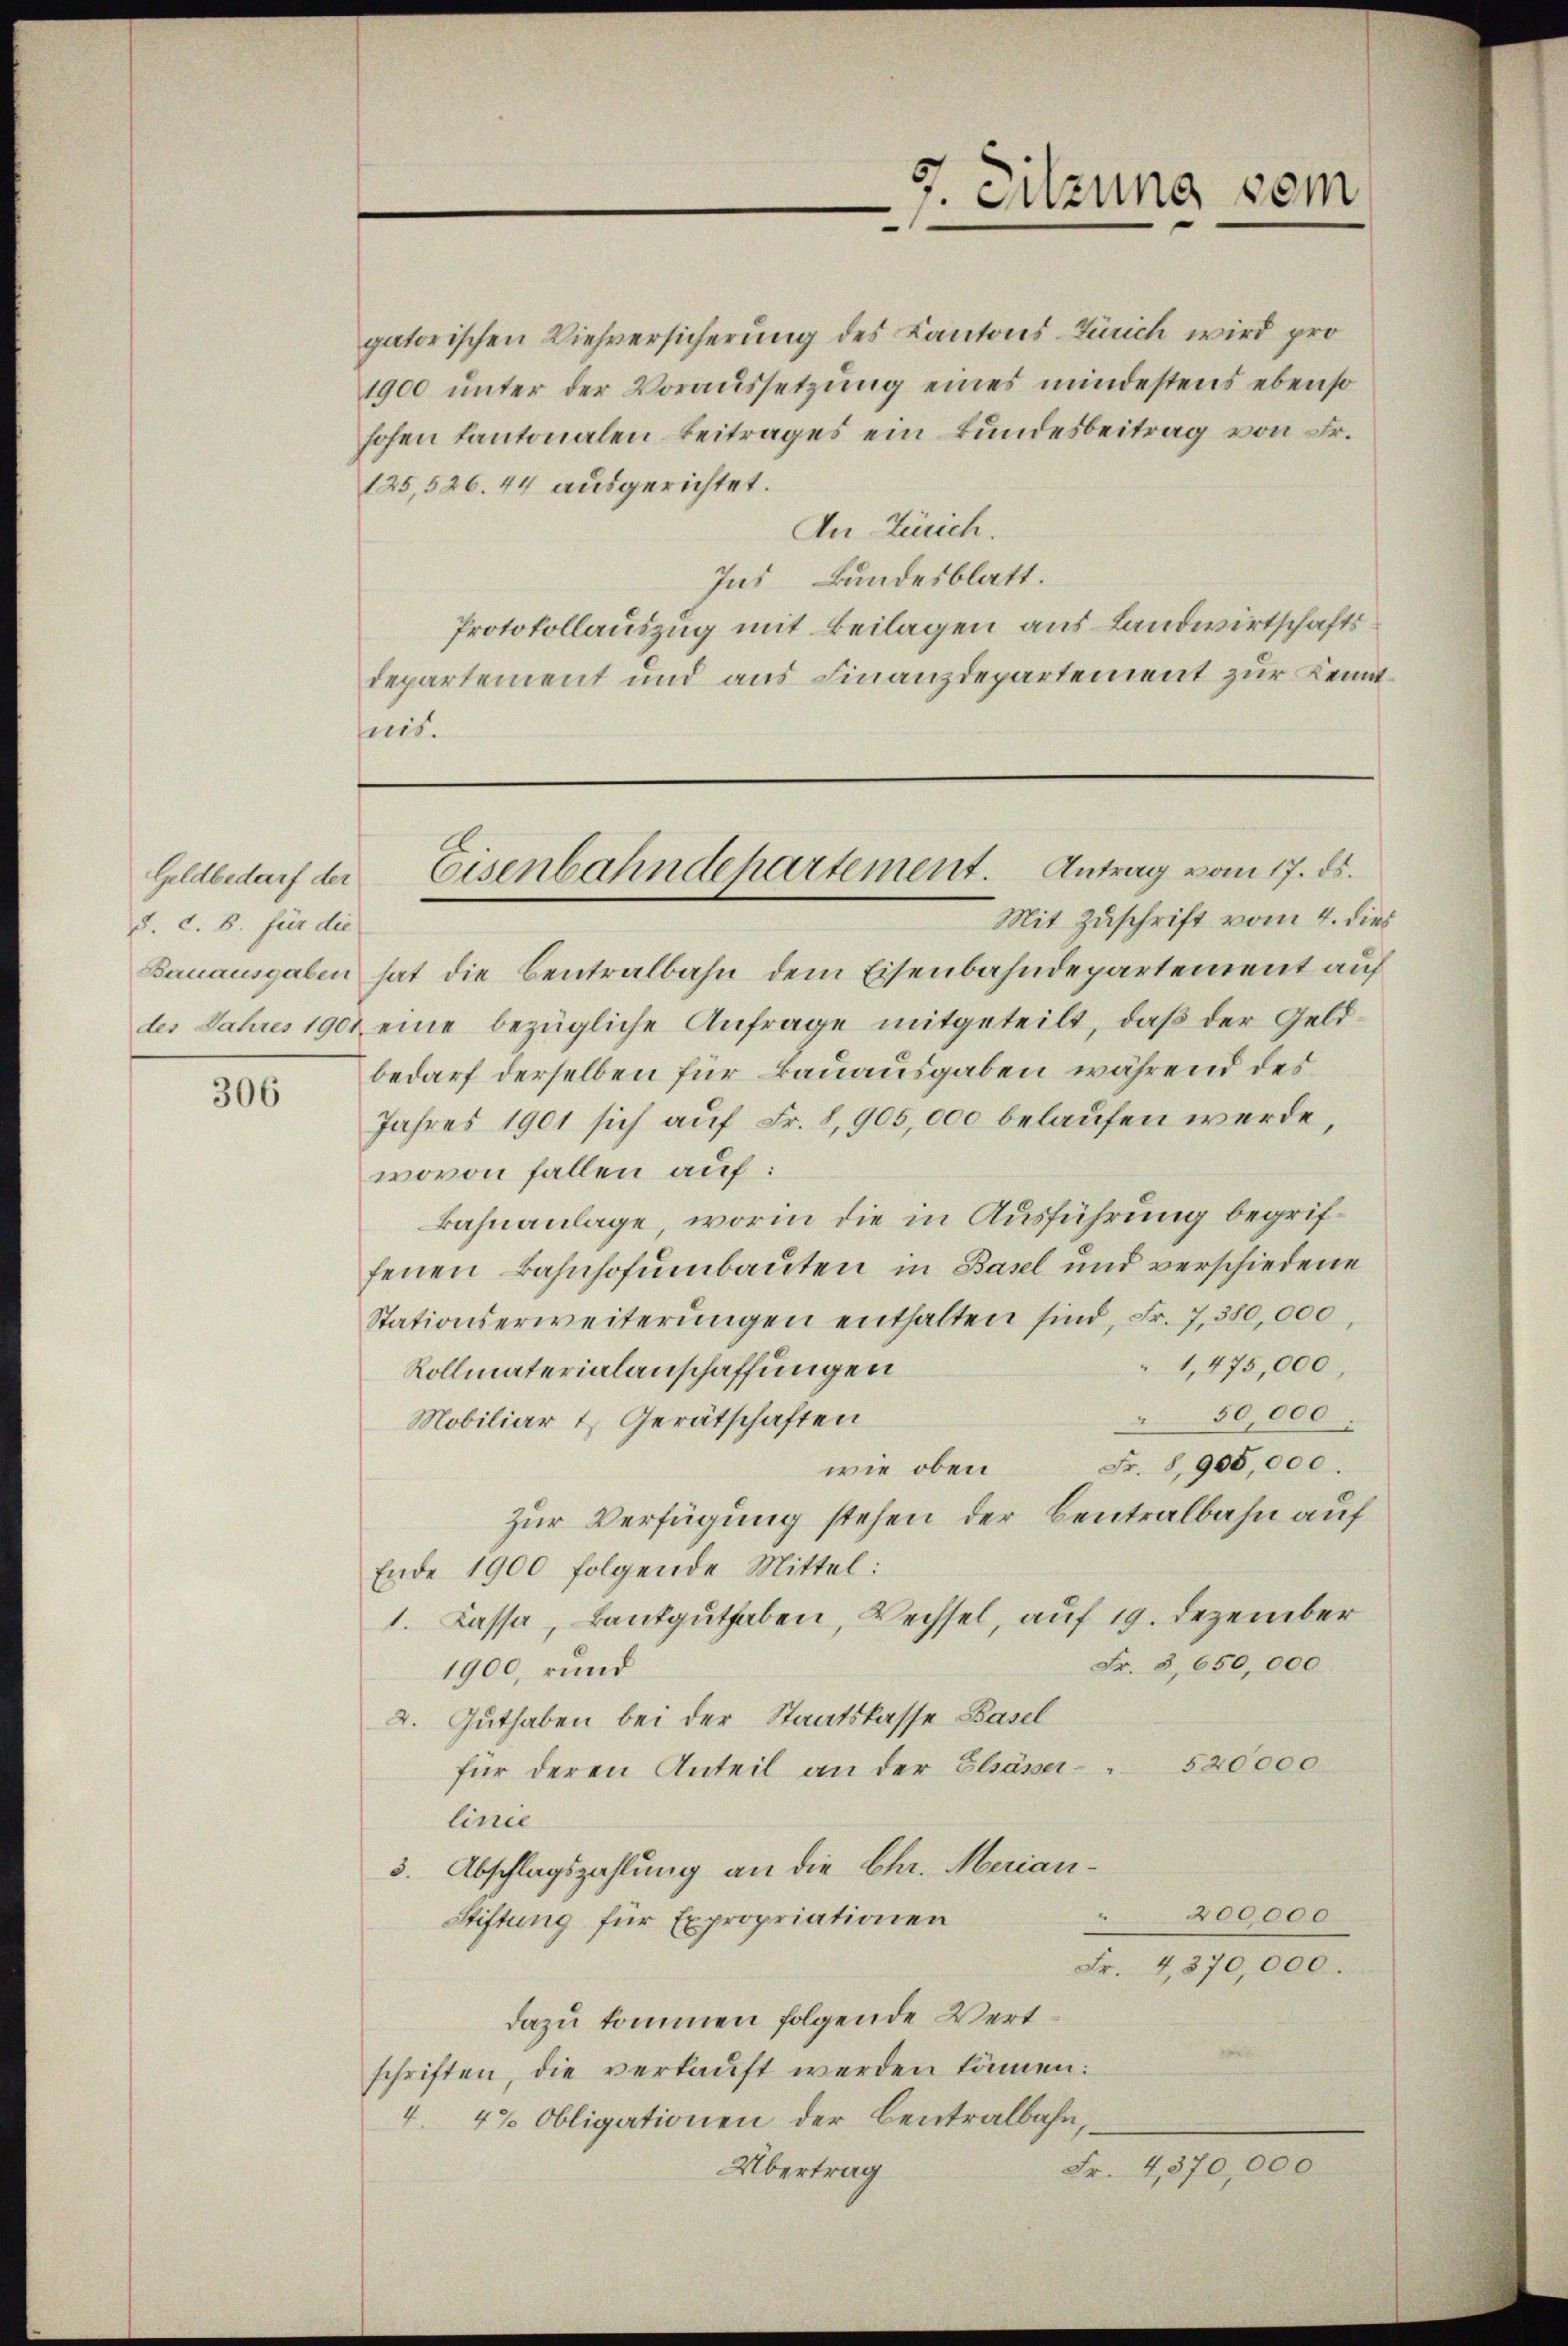
Geldbedarf der
S. c. B. für die

306

gatorischen Viehversicherung des Kantons Zürich wird pro
1900 unter der Voraussetzung eines mindestens ebenso
hofen kantonalen Beitrages ein Bundesbeitrag von Fr.
125,526. 44 ausgerichtet.
An Zürich.
Ins Bundesblatt.
Protokollauszug mit Beilagen aus Landwirtschafts
departement und aus Finanzdepartement zur Kenntnis.

Bauausgaben hat die Centralbahn dem Eisenbahndepartement auf
des Jahres 1901 eine bezügliche Anfrage mitgeteilt, daß der Geld-
bedarf derselben für Bauausgaben während des
Jahres 1901 sich auf Fr. 8, 905,000 belaufen werde,
wovon fallen auf:
kahnanlage, worin die in Ausführung begriffenen Bahnhofumbauten in Basel und verschiedene
Stationserweiterŭngen enthalten sind, Fr. 7, 380,000,
1,475,000,
Rollmaterialanschaffungen
50,000
Mobiliar & Gerätschaften
Fr. 8, 905,000.
wie oben
Zur Verfügung stehen der Centralbahn auf
Ende 1900 folgende Mittel:
1. Cassa, Bankguthaben, Wechsel, auf 19. Dezember
Fr. 3,650,000
1900, rund
2. Guthaben bei der Staatskasse Basel
520000
für deren Anteil an der Elsässerlinie
3. Abschlagszahlung an die Chr. Merian¬
200000
Stiftung für Expropriationen
Fr. 4,370,000.
dazu kommen folgende Wertschriften, die verkauft werden können.
4. 42 Obligationen der Centralbahn,
Übertrag
Fr. 4,370,000

7. Sitzung sein

Eisenbahndepartement. Antrag vom 17. ds.
Mit Zuschrift vom 4. dies